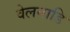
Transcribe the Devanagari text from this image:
वेलनाडि